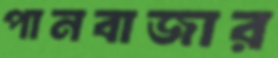
পানবাজার